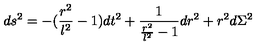
d s ^ { 2 } = - ( \frac { r ^ { 2 } } { l ^ { 2 } } - 1 ) d t ^ { 2 } + \frac { 1 } { \frac { r ^ { 2 } } { l ^ { 2 } } - 1 } d r ^ { 2 } + r ^ { 2 } d \Sigma ^ { 2 }